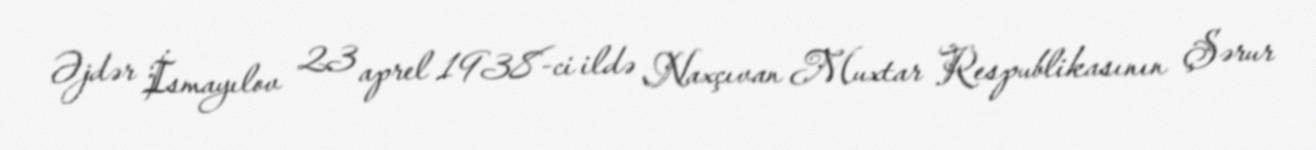
Əjdər İsmayılov 23 aprel 1938-ci ildə Naxçıvan Muxtar Respublikasının Şərur